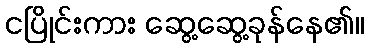
ငပြိုင်းကား ဆွေ့ဆွေ့ခုန်နေ၏။